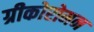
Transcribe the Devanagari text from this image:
ग्रीकोरोमन